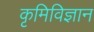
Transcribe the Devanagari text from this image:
कृमिविज्ञान